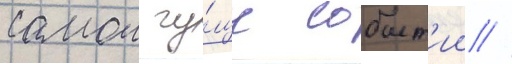
самои гу́ще событ'ии //